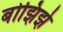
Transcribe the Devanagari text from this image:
बोझिझे